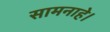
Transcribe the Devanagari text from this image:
सामनाहे।